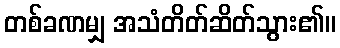
တစ်ခဏမျှ အသံတိတ်ဆိတ်သွား၏။